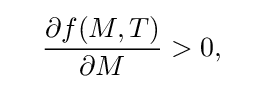
\quad {\frac {\partial f(M,T)}{\partial M}}>0,\quad